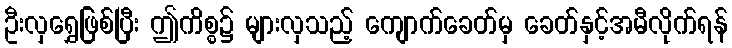
ဦးလှရွှေဖြစ်ပြီး ဤကိစ္စ၌ များလှသည့် ကျောက်ခေတ်မှ ခေတ်နှင့်အမီလိုက်ရန်